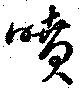
噴